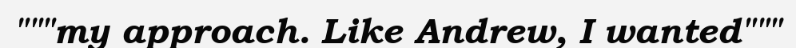
"""my approach. Like Andrew, I wanted"""